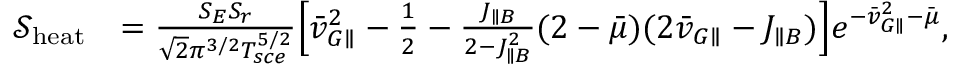
\begin{array} { r l } { \mathcal { S } _ { \mathrm { h e a t } } } & { = \frac { S _ { E } S _ { r } } { \sqrt { 2 } \pi ^ { 3 / 2 } T _ { s c e } ^ { 5 / 2 } } \Big [ \bar { v } _ { G \parallel } ^ { 2 } - \frac { 1 } { 2 } - \frac { J _ { \parallel B } } { 2 - J _ { \parallel B } ^ { 2 } } ( 2 - \bar { \mu } ) ( 2 \bar { v } _ { G \parallel } - J _ { \parallel B } ) \Big ] e ^ { - \bar { v } _ { G \parallel } ^ { 2 } - \bar { \mu } } , } \end{array}